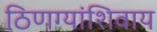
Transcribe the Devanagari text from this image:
ठिणग्यांशिवाय